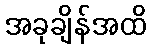
အခုချိန်အထိ